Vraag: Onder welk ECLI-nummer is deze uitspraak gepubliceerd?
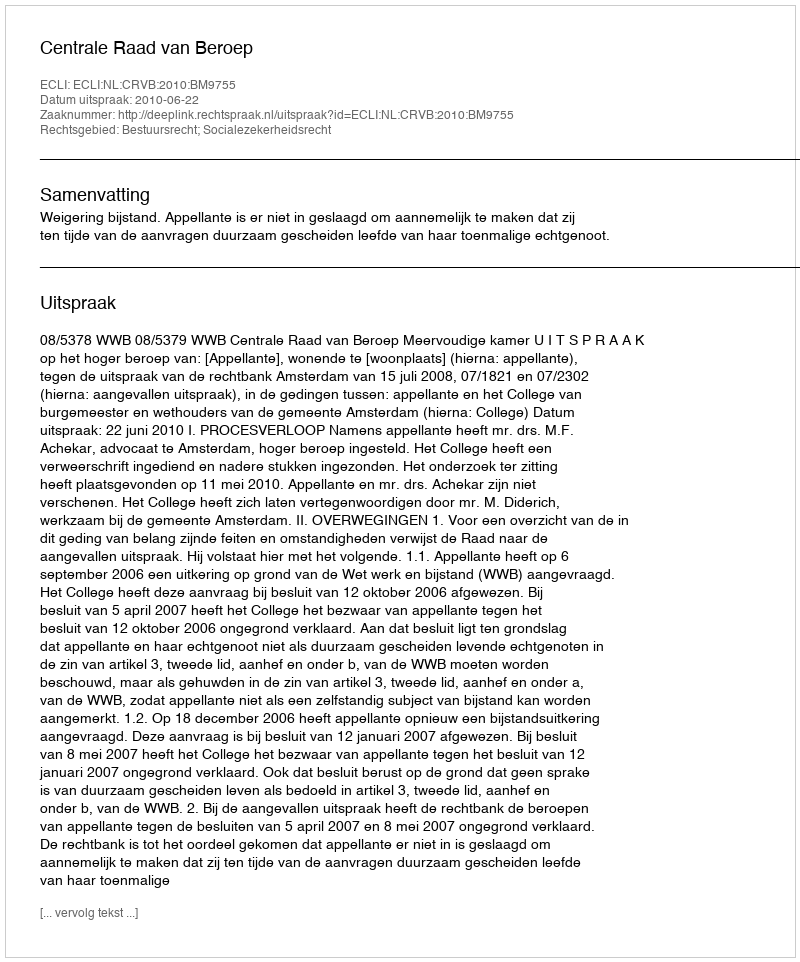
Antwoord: ECLI:NL:CRVB:2010:BM9755